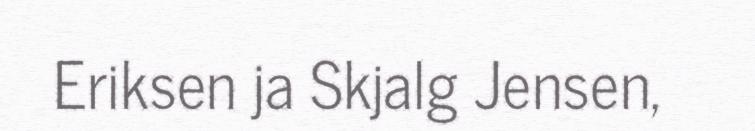
Eriksen ja Skjalg Jensen,